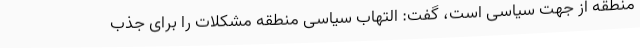
منطقه از جهت سیاسی است، گفت: التهاب سیاسی منطقه مشکلات را برای جذب